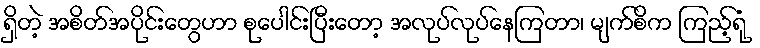
ရှိတဲ့ အစိတ်အပိုင်းတွေဟာ စုပေါင်းပြီးတော့ အလုပ်လုပ်နေကြတာ၊ မျက်စိက ကြည့်ရုံ